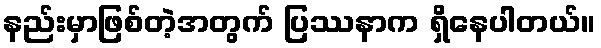
နည်းမှာဖြစ်တဲ့အတွက် ပြဿနာက ရှိနေပါတယ်။